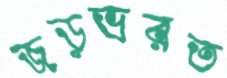
জড়ভরত